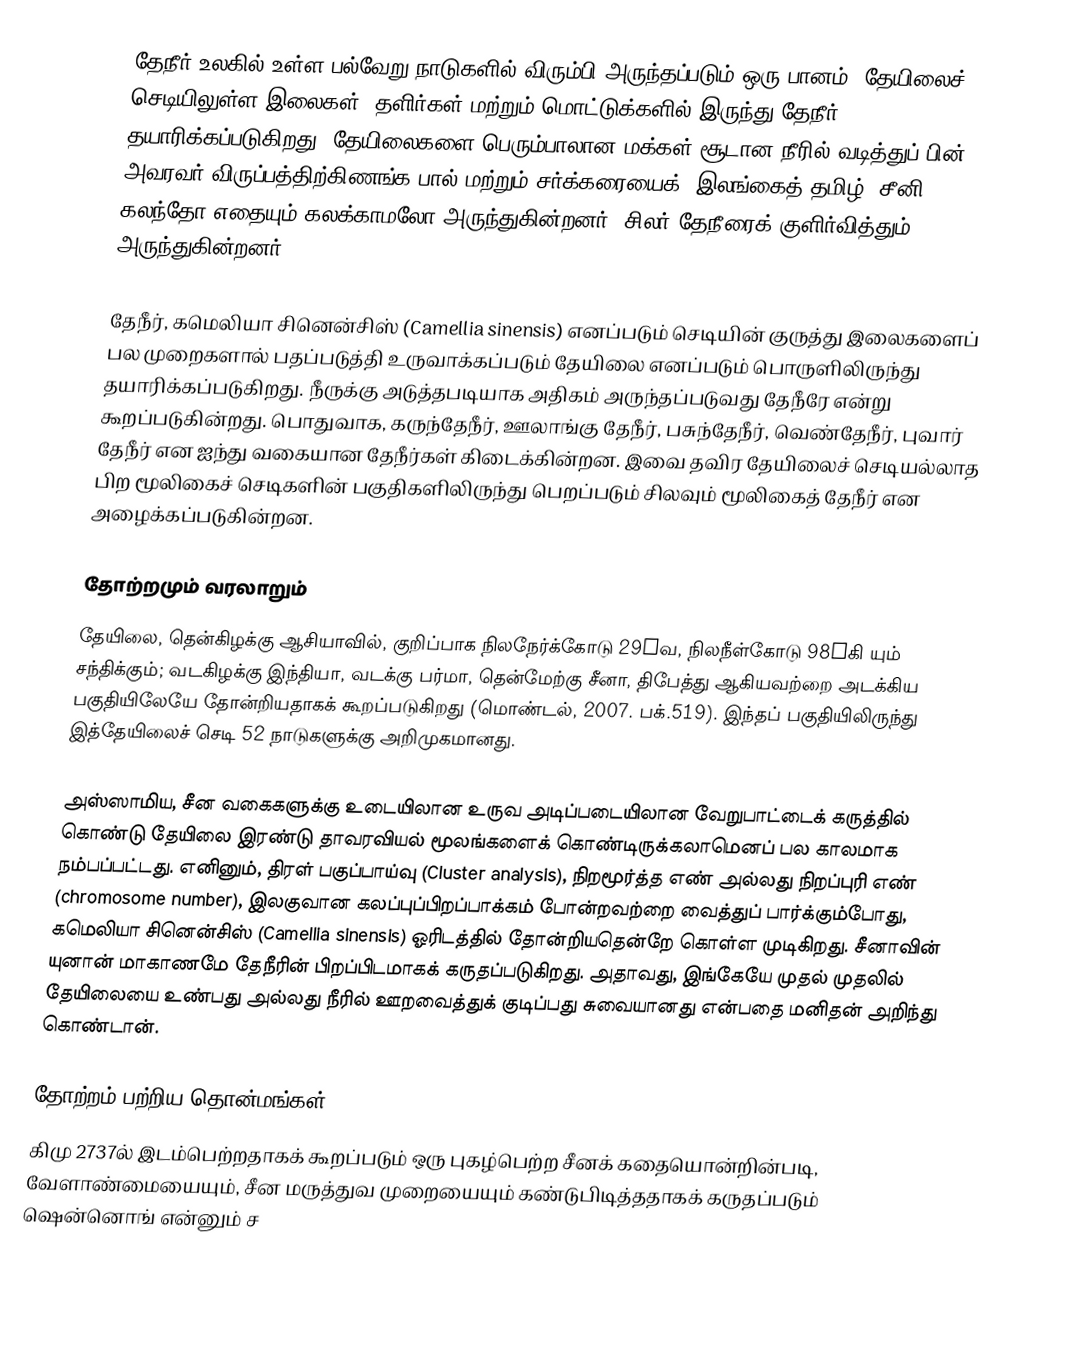
தேநீர் உலகில் உள்ள பல்வேறு நாடுகளில் விரும்பி அருந்தப்படும் ஒரு பானம். தேயிலைச் செடியிலுள்ள இலைகள், தளிர்கள் மற்றும் மொட்டுக்களில் இருந்து தேநீர் தயாரிக்கப்படுகிறது. தேயிலைகளை பெரும்பாலான மக்கள் சூடான நீரில் வடித்துப் பின் அவரவர் விருப்பத்திற்கிணங்க பால் மற்றும் சர்க்கரையைக் (இலங்கைத் தமிழ்: சீனி) கலந்தோ எதையும் கலக்காமலோ அருந்துகின்றனர். சிலர் தேநீரைக் குளிர்வித்தும் அருந்துகின்றனர்.

தேநீர், கமெலியா சினென்சிஸ் (Camellia sinensis) எனப்படும் செடியின் குருத்து இலைகளைப் பல முறைகளால் பதப்படுத்தி உருவாக்கப்படும் தேயிலை எனப்படும் பொருளிலிருந்து தயாரிக்கப்படுகிறது. நீருக்கு அடுத்தபடியாக அதிகம் அருந்தப்படுவது தேநீரே என்று கூறப்படுகின்றது. பொதுவாக, கருந்தேநீர், ஊலாங்கு தேநீர், பசுந்தேநீர், வெண்தேநீர், புவார் தேநீர் என ஐந்து வகையான தேநீர்கள் கிடைக்கின்றன. இவை தவிர தேயிலைச் செடியல்லாத பிற மூலிகைச் செடிகளின் பகுதிகளிலிருந்து பெறப்படும் சிலவும் மூலிகைத் தேநீர் என அழைக்கப்படுகின்றன.

தோற்றமும் வரலாறும்
தேயிலை, தென்கிழக்கு ஆசியாவில், குறிப்பாக நிலநேர்க்கோடு 29°வ, நிலநீள்கோடு 98°கி யும் சந்திக்கும்; வடகிழக்கு இந்தியா, வடக்கு பர்மா, தென்மேற்கு சீனா, திபேத்து ஆகியவற்றை அடக்கிய பகுதியிலேயே தோன்றியதாகக் கூறப்படுகிறது (மொண்டல், 2007. பக்.519). இந்தப் பகுதியிலிருந்து இத்தேயிலைச் செடி 52 நாடுகளுக்கு அறிமுகமானது.

அஸ்ஸாமிய, சீன வகைகளுக்கு உடையிலான உருவ அடிப்படையிலான வேறுபாட்டைக் கருத்தில் கொண்டு தேயிலை இரண்டு தாவரவியல் மூலங்களைக் கொண்டிருக்கலாமெனப் பல காலமாக நம்பப்பட்டது. எனினும், திரள் பகுப்பாய்வு (Cluster analysis), நிறமூர்த்த எண் அல்லது நிறப்புரி எண் (chromosome number), இலகுவான கலப்புப்பிறப்பாக்கம் போன்றவற்றை வைத்துப் பார்க்கும்போது, கமெலியா சினென்சிஸ் (Camellia sinensis) ஓரிடத்தில் தோன்றியதென்றே கொள்ள முடிகிறது. சீனாவின் யுனான் மாகாணமே தேநீரின் பிறப்பிடமாகக் கருதப்படுகிறது. அதாவது, இங்கேயே முதல் முதலில் தேயிலையை உண்பது அல்லது நீரில் ஊறவைத்துக் குடிப்பது சுவையானது என்பதை மனிதன் அறிந்து கொண்டான்.

தோற்றம் பற்றிய தொன்மங்கள்
கிமு 2737ல் இடம்பெற்றதாகக் கூறப்படும் ஒரு புகழ்பெற்ற சீனக் கதையொன்றின்படி, வேளாண்மையையும், சீன மருத்துவ முறையையும் கண்டுபிடித்ததாகக் கருதப்படும் ஷென்னொங் என்னும் ச